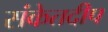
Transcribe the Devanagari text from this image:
संकेतदीप